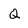
Character: Q